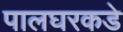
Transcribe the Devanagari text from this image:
पालघरकडे